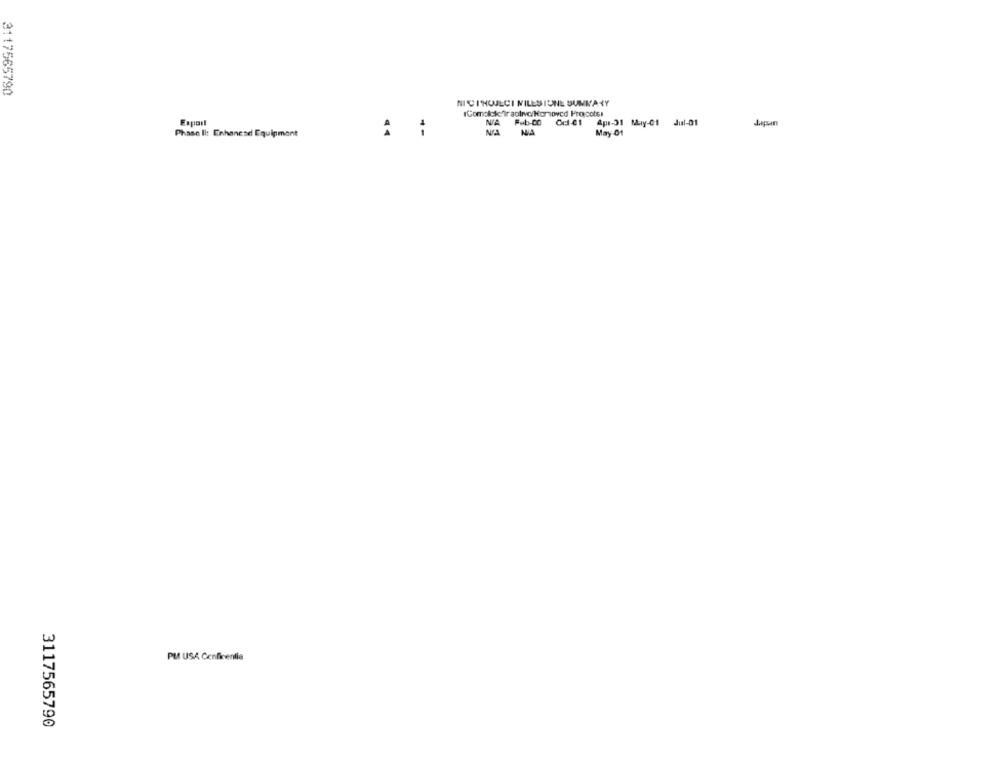
3117565790
NICINOJECI NILESIONE SUNWANY
IComolcke Traolivo/Homoved Propcotsi
Feb-CO
Ocl -01 Apr-31 May-01
Jul-01
Japan
Expoil
Phase Ii: Enhanese Equipment
NA
MIA
May 01
PM USA Confinentie
3117565790